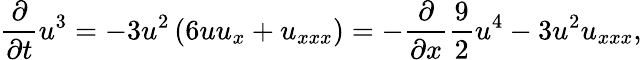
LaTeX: \frac{\partial}{\partial t}u^{3}=-3u^{2}\left(6uu_{x}+u_{xxx}\right)=-\frac{\partial}{\partial x}\frac{9}{2}u^{4}-3u^{2}u_{xxx},